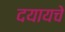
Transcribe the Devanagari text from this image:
दयायचे